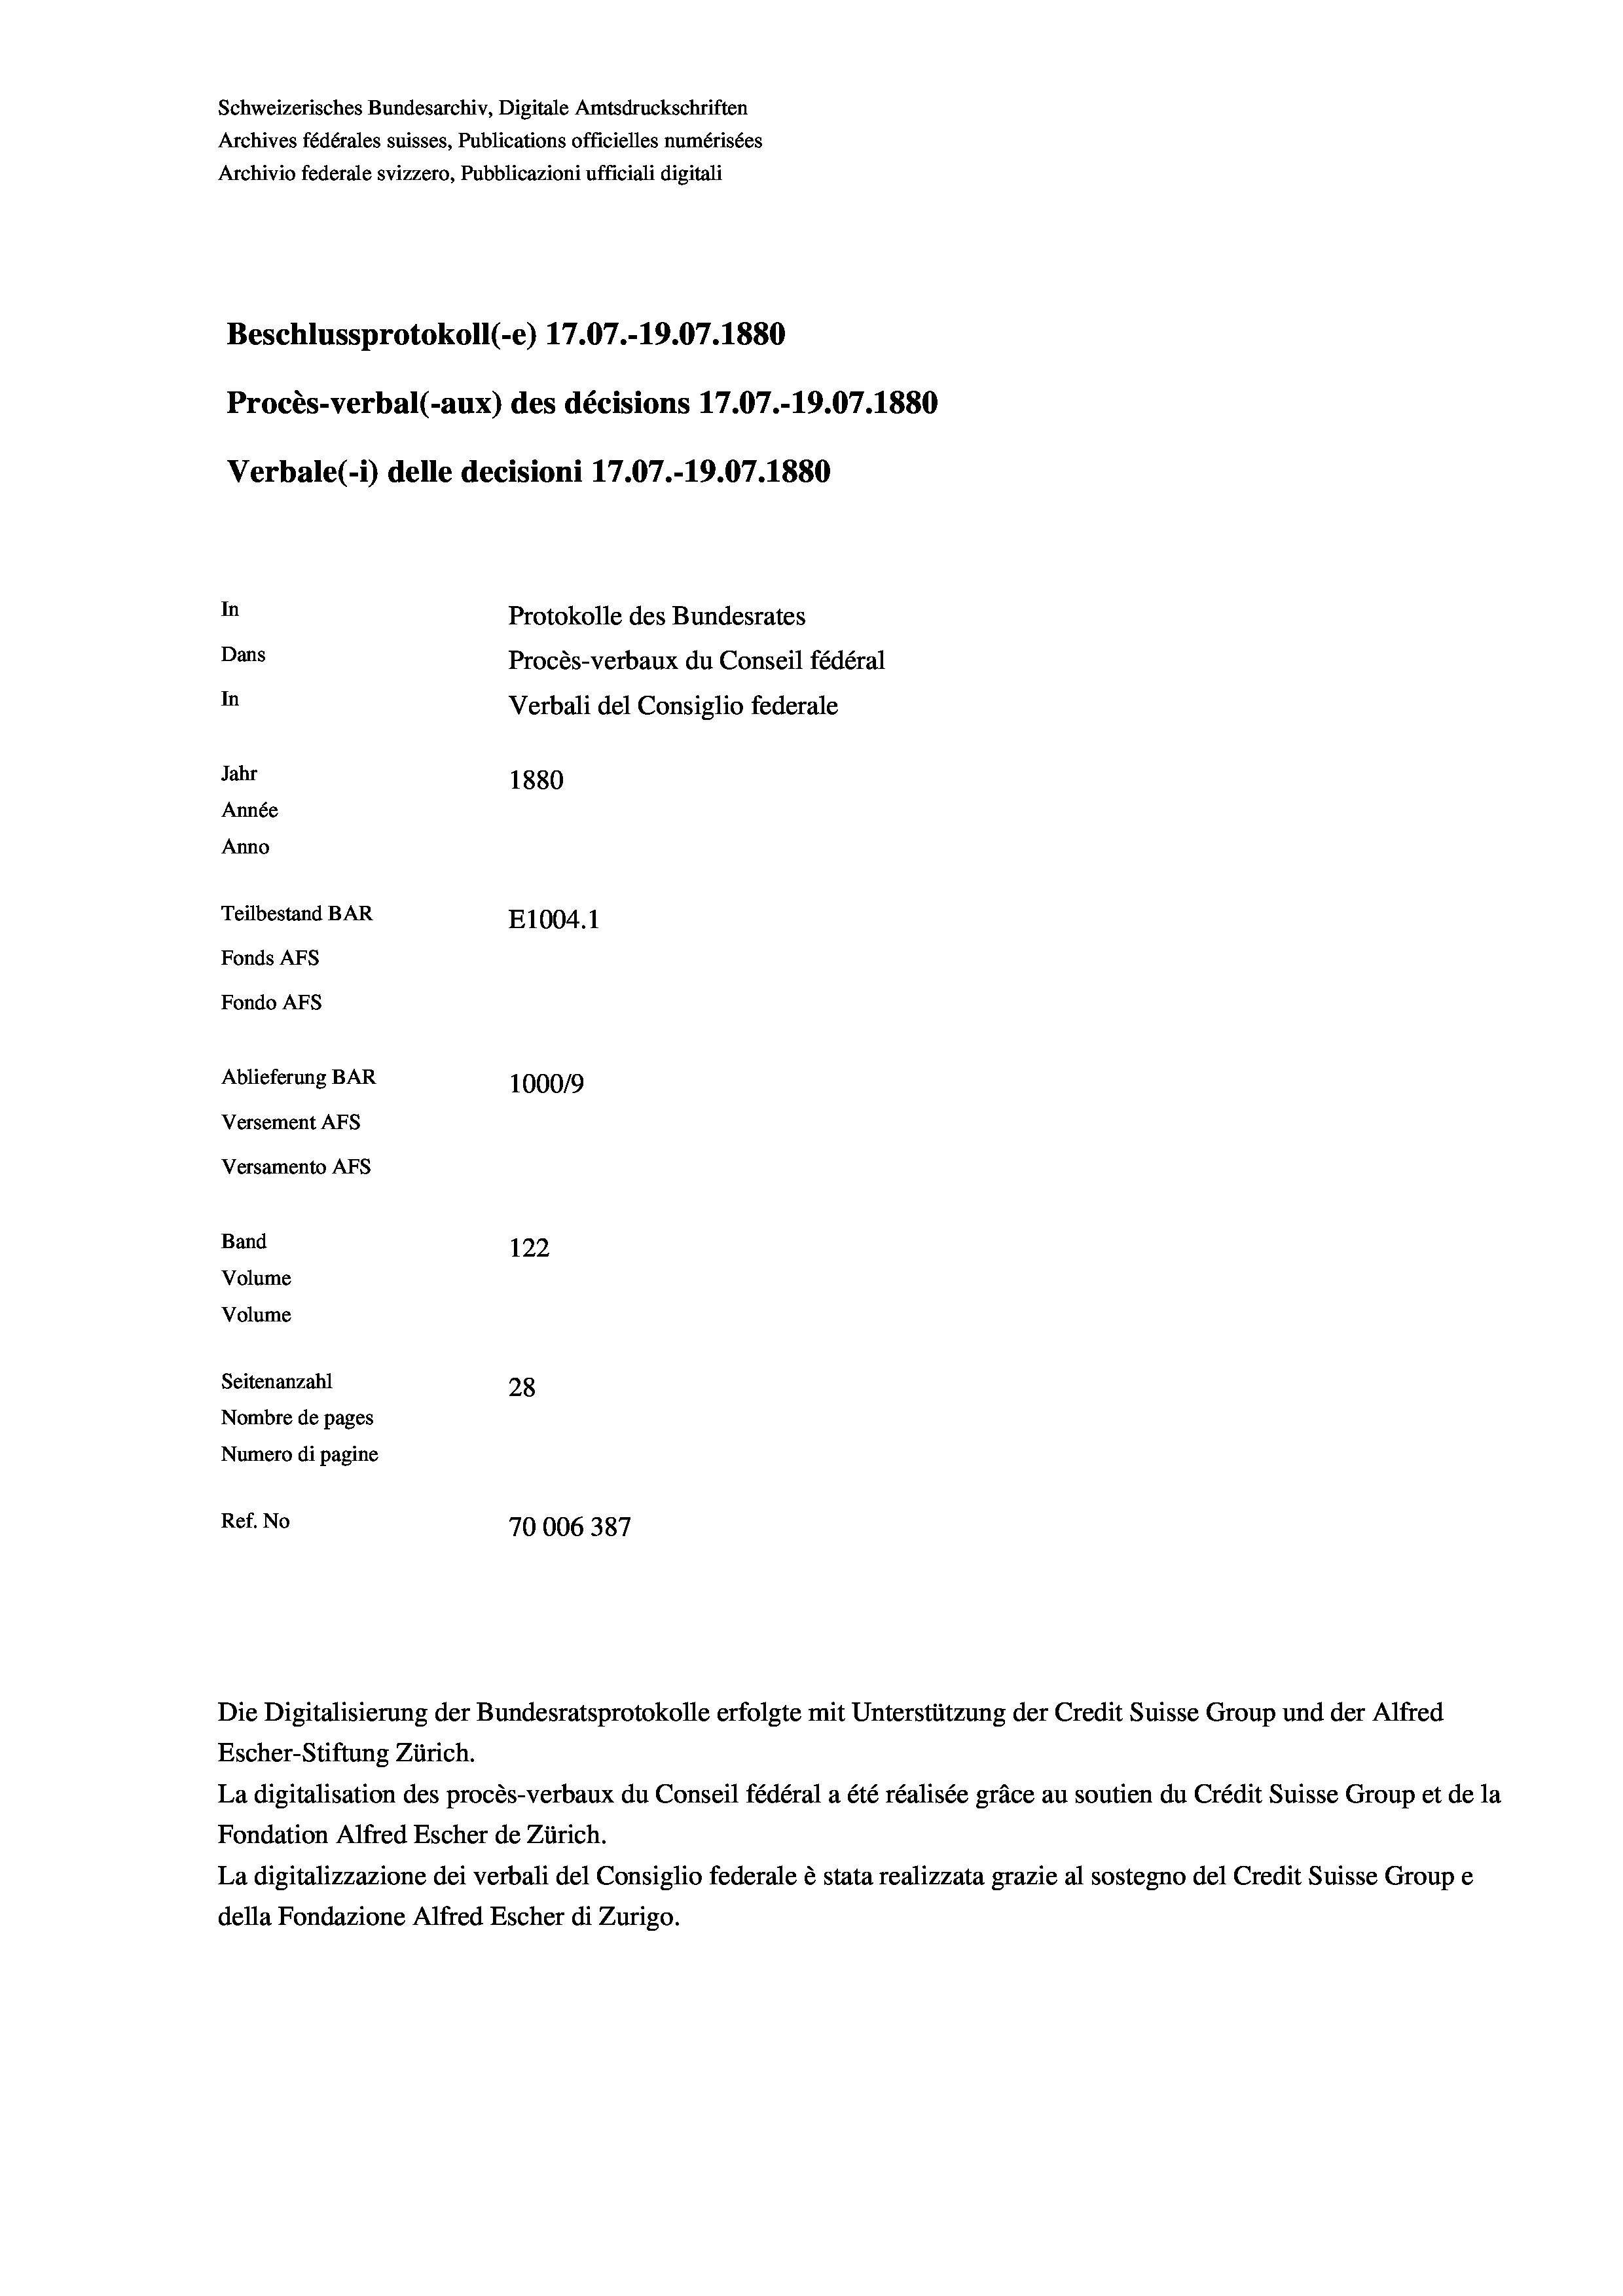
Schweizerisches Bundesarchiv, Digitale Amtsdruckschriften
Archives fédérales suisses, Publications officielles numérisées
Beschlussprotokoll (-e) 17.07.-19.07. 1880
In
Protokolle des Bundesrates
Dans
Procès-verbaux du Conseil fédéral
In
Verbali del Consiglio federale
Jahr
1880
Année
Anno
Teilbestand BAR
E1004. 1
Fonds AFs
Fondo Afs

Ablieferung BAR
Versement Ans
Versamento Afs
Band
Volume
Volume
Seitenanzahl

Archivio federale svizzero, Pubblicazioni ufficiali digitali

Procès-verbal (-aux) des décisions 17.07.-19.07.1880
Verbale(*) delle decisioni 17.07.-19.07. 1880

10009
122
28
Nombre de pages
Numero di pagine
Ref. No
70006387

Escher-Stiftung Zürich.
La digitalisation des procès-verbaux du Conseil fédéral a été réalisée gräce au soutien du Crédit Suisse Group et de la
Fondation Alfred Escher de Zürich.
La digitalizzazione dei verbali del Consiglio federale è stata realizzata grazie al sostegno del Credit Suisse Groupe
della Fondazione Alfred Escher di Zurigo.

Die Digitalisierung der Bundesratsprotokolle erfolgte mit Unterstützung der Credit Suisse Group und der Alfred